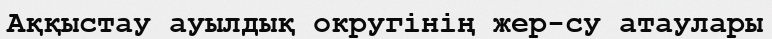
Аққыстау ауылдық округінің жер-су атаулары